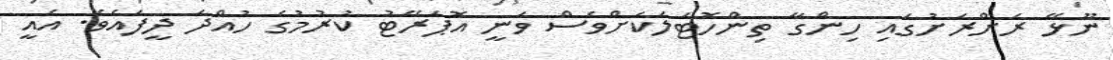
ނޫޅޭ ރަށްރަށުގައި ހިންގާ ތިންހޮޓަލަކަށްވެސް ވަނީ އޮޕަރޭޓު ކުރުމުގެ ހުއްދަ ދީފައެވެ. އެއީ